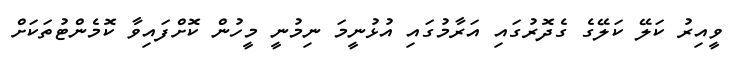
ވީއިރު ކަލޭ ކަލޭގެ ގެދޮރުގައި އަރާމުގައި އުޅުނީމަ ނިމުނީ މީހުން ކޮށްފައިވާ ކޮމެންޓުތަކަށް